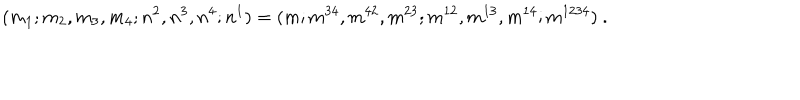
( m _ { 1 } ; m _ { 2 } , m _ { 3 } , m _ { 4 } ; n ^ { 2 } , n ^ { 3 } , n ^ { 4 } ; n ^ { 1 } ) = ( m ; m ^ { 3 4 } , m ^ { 4 2 } , m ^ { 2 3 } ; m ^ { 1 2 } , m ^ { 1 3 } , m ^ { 1 4 } ; m ^ { 1 2 3 4 } ) \ .